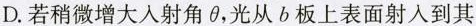
D.若稍微增大入射角\theta ，光从b板上表面射入到其